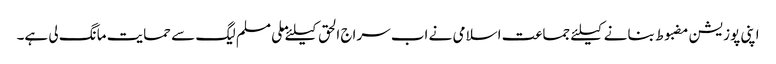
اپنی پوزیشن مضبوط بنانے کیلئے جماعت اسلامی نے اب سراج الحق کیلئے ملی مسلم لیگ سے حمایت مانگ لی ہے۔